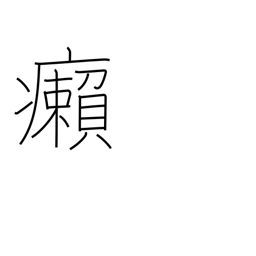
Meaning: leprosy